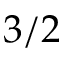
3 / 2